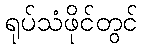
ရုပ်သံဖိုင်တွင်